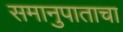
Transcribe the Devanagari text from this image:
समानुपाताचा